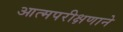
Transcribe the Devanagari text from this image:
आत्मपरीक्षणाने